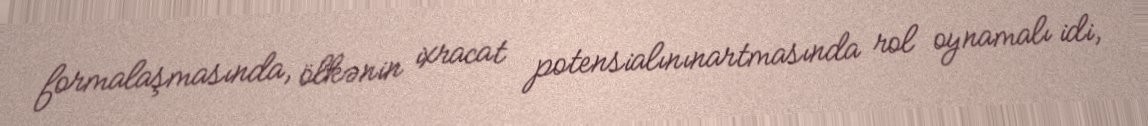
formalaşmasında, ölkənin ixracat potensialınınartmasında rol oynamalı idi,